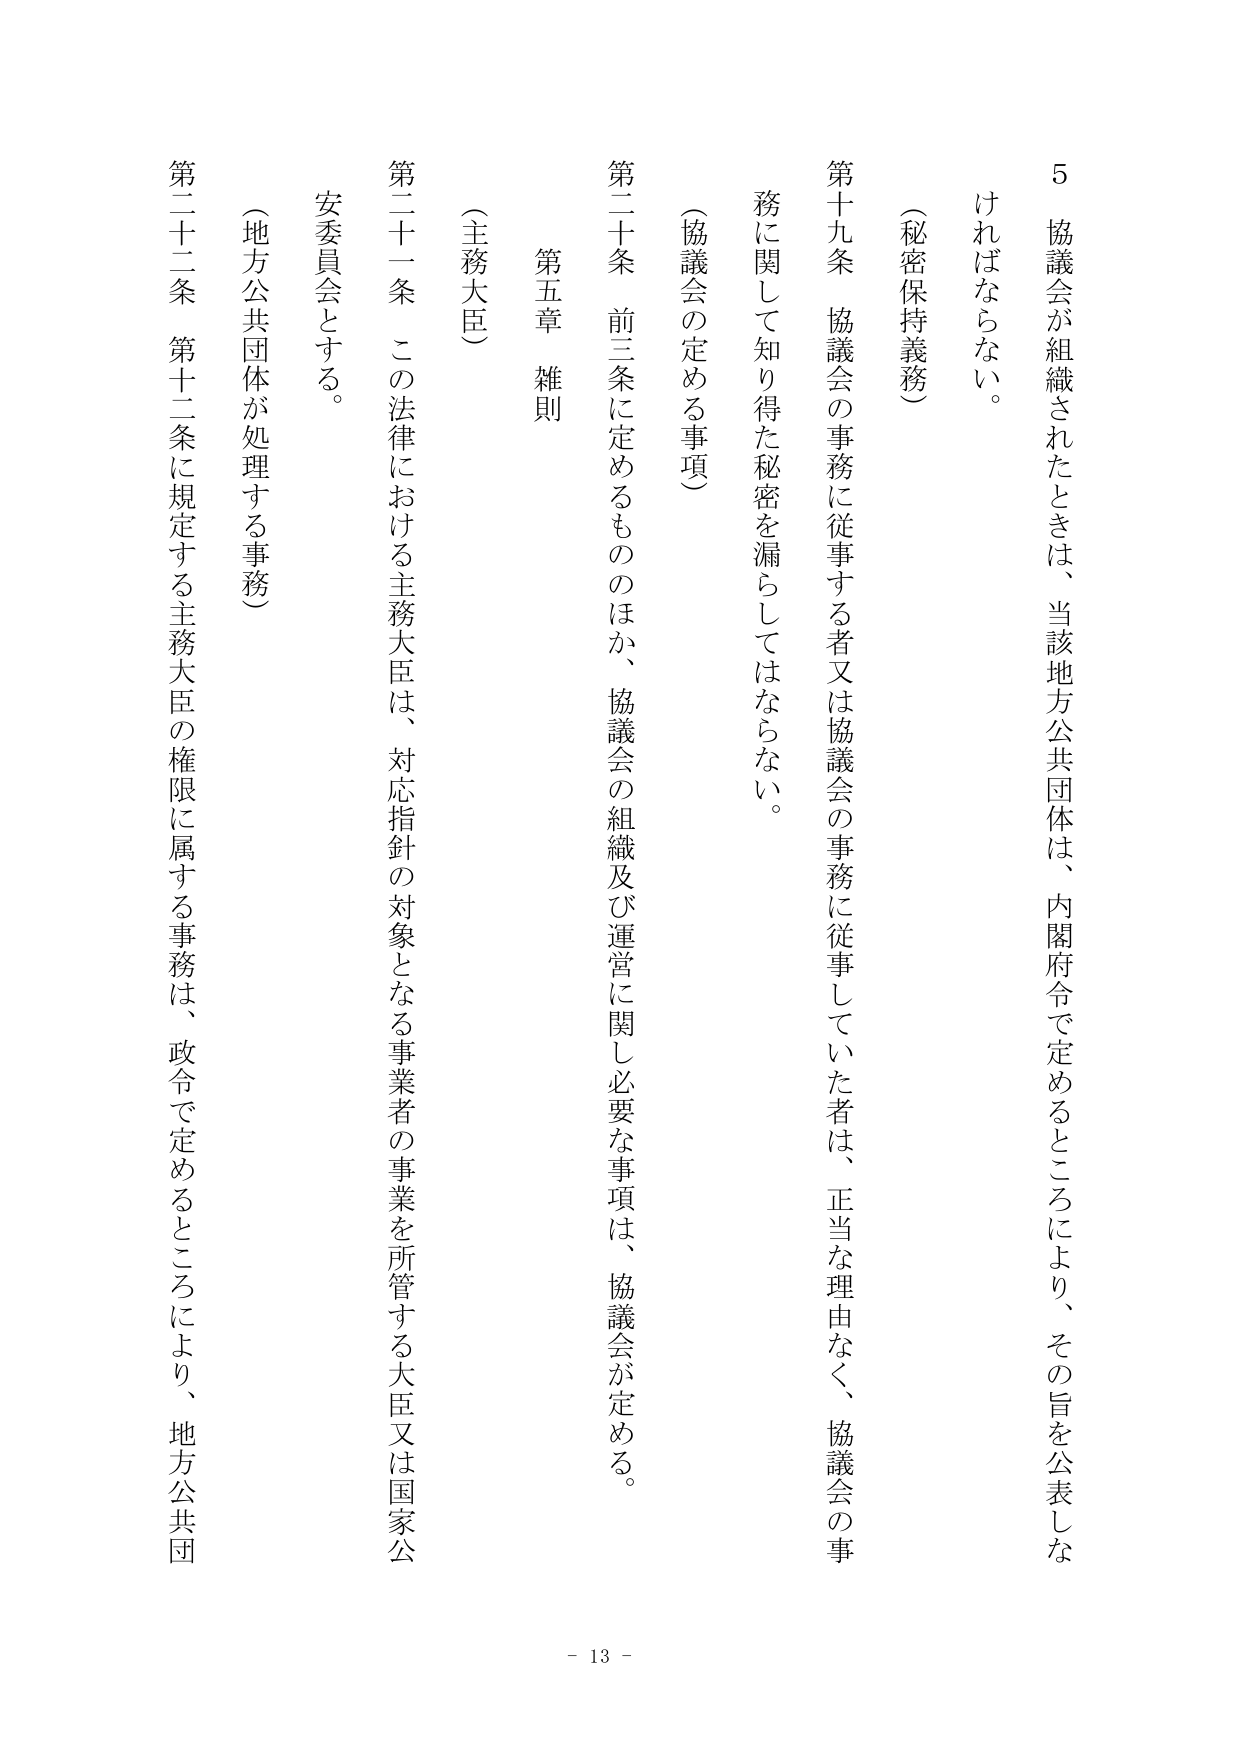
5 協議会が組織されたときは、当該地方公共団体は、内閣府令で定めるところにより、その旨を公表しなければならない。

（秘密保持義務）

第十九条 協議会の事務に従事する者又は協議会の事務に従事していた者は、正当な理由なく、協議会の事務に関して知り得た秘密を漏らしてはならない。

（協議会の定める事項）

第二十条 前三条に定めるもののほか、協議会の組織及び運営に関し必要な事項は、協議会が定める。

第五章 雑則

（主務大臣）

第二十一条 この法律における主務大臣は、対応指針の対象となる事業者の事業を所管する大臣又は国家公安委員会とする。

（地方公共団体が処理する事務）

第二十二条 第十二条に規定する主務大臣の権限に属する事務は、政令で定めるところにより、地方公共団

- 13 -